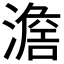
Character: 𣽃